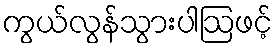
ကွယ်လွန်သွားပါဩဖင့်